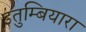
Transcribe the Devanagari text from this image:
इतुम्बियारा